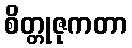
စိတ္တုဇုကတာ